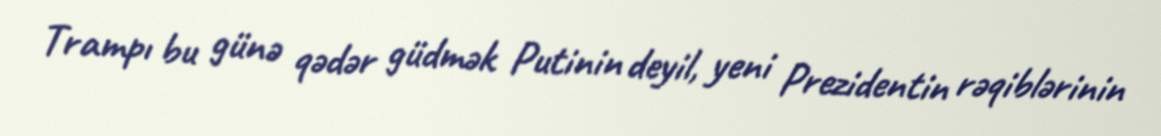
Trampı bu günə qədər güdmək Putinin deyil, yeni Prezidentin rəqiblərinin